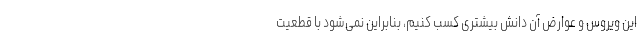
این ویروس و عوارض آن دانش بیشتری کسب کنیم، بنابراین نمی‌شود با قطعیت